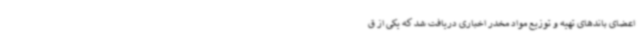
اعضای باندهای تهیه و توزیع مواد مخدر اخباری دریافت شد که یکی از ق